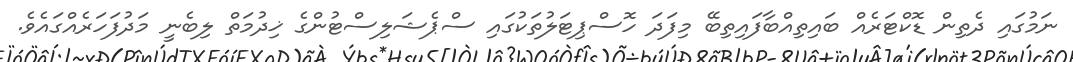
ނަމުގައި ދެތިން ޑޮކްޓަރެއް ބައިތިއްބާފައިތިބޭ މިފަދަ ހޮސްޕިޓަލުތަކުގައި ސްޕެޝަލިސްޓުންގެ ޚިދުމަތް ލިބެނީ މަދުފަހަރެއްގައެވެ.